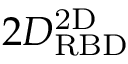
2 D _ { \mathrm { R B D } } ^ { \mathrm { 2 D } }